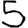
Digit: 5